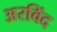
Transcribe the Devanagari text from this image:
अरविंद